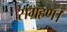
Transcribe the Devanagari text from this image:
संग्रहण।